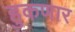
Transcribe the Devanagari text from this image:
हुकणार